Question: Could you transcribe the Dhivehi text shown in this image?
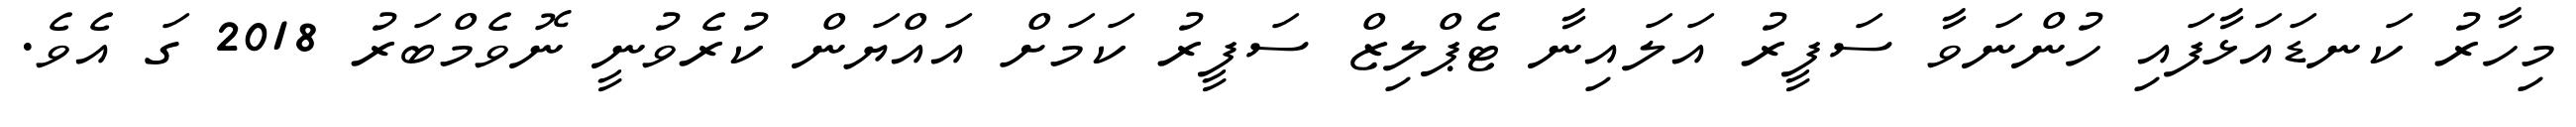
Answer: މިހާރު ކަނޑައަޅާފައި ހުންނަވާ ސަފީރު އަލައިނާ ޓެޕްލިޒް ސަފީރު ކަމަށް އައްޔަން ކުރެވުނީ ނޮވެމްބަރު 2018 ގަ އެވެ.